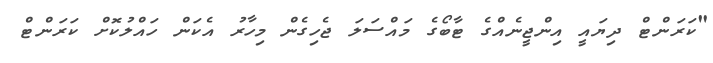
"ކަރަންޓް ދިޔައީ އިންޖީނެއްގެ ޓާބޯގެ މައްސަލަ ޖެހިގެން މިހާރު އެކަން ހައްލުކޮށް ކަރަންޓް